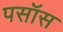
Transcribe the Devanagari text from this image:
पसॉस